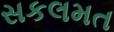
સકલમત